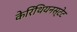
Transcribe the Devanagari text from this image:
केरिंथियनस्टेट